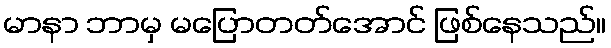
မာနာ ဘာမှ မပြောတတ်အောင် ဖြစ်နေသည်။